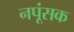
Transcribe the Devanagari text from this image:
नपूंसक